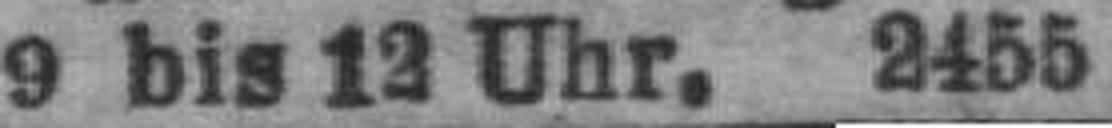
9 bis 12 Uhr. 2455